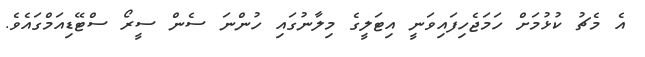
އެ މެޗު ކުޅުމަށް ހަމަޖެހިފައިވަނީ އިޓަލީގެ މިލާނުގައި ހުންނަ ސެން ސީރޯ ސްޓޭޑިއަމްގައެވެ.